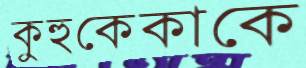
কুহুকেকাকে